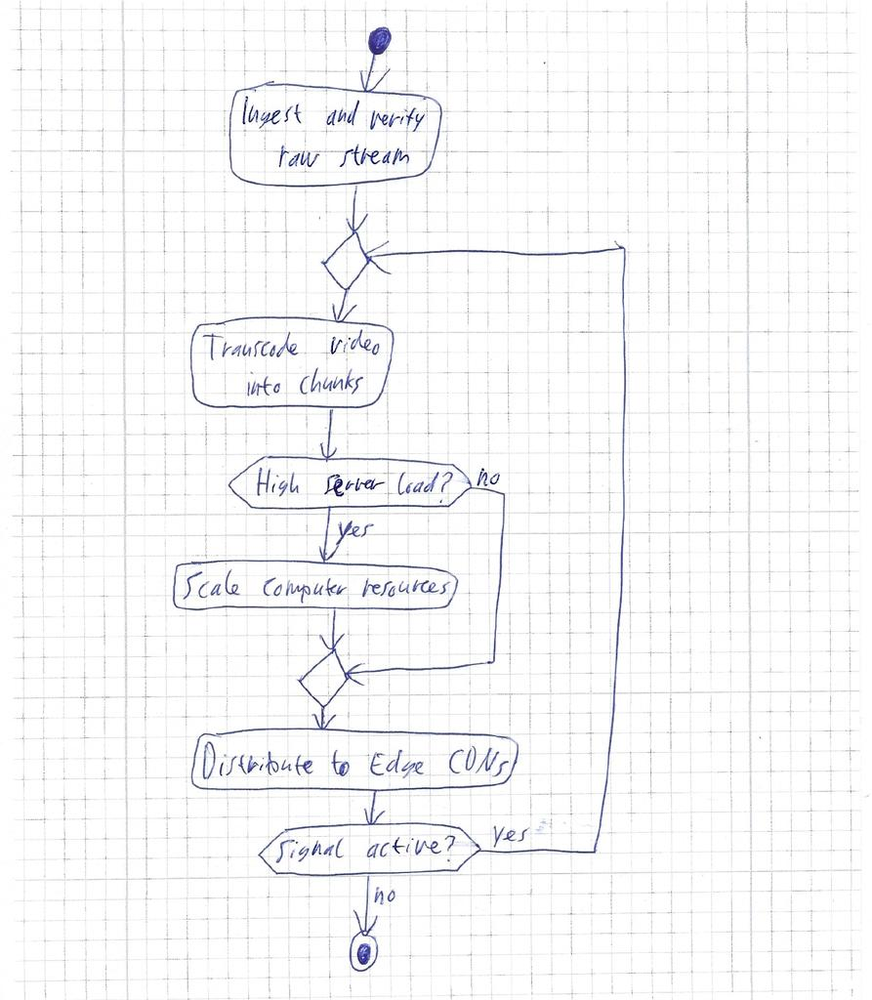
Diagram type: activity_diagram
```plantuml
@startuml

start

:Ingest and verify raw stream;

repeat
  :Transcode video into chunks;

  if (High server load?) then (yes)
    :Scale compute resources;
  else (no)
  endif

  :Distribute to Edge CDNs;
repeat while (Signal active?) is (yes) not (no)

stop

@enduml
```